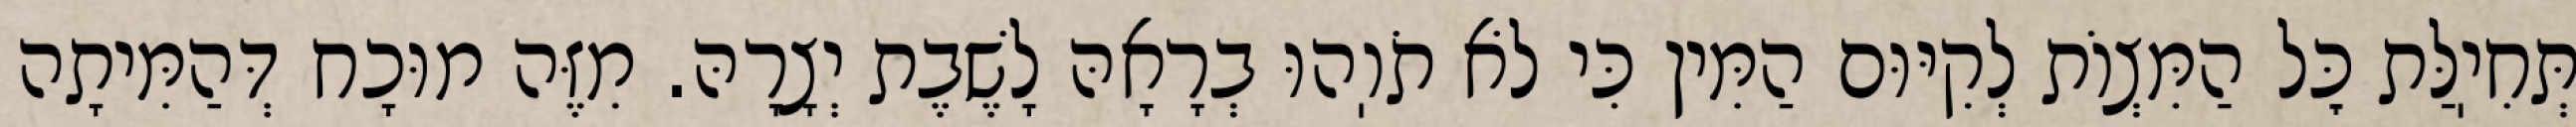
תְּחִיֽלַּת כׇּל הַמִּצְוֹת לְקִיּוּם הַמִּין כִּי לֹא תֹוֽהוּ בְרָאָהּ לָשֶׁבֶת יְצָרָהּ. מִזֶּה מוּכָח דְּהַמִּיתָה